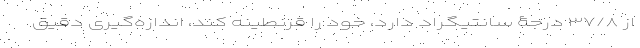
از ۳۷/۸ درجۀ سانتیگراد دارد، خود را قرنطینه کند، اندازه‌گیری دقیق